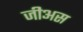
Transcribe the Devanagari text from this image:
जीअस